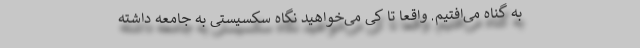
به گناه می‌افتیم. واقعا تا کی می‌خواهید نگاه سکسیستی به جامعه داشته